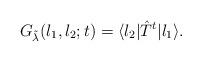
LaTeX: \begin{align*}G_{\tilde\lambda}(l_1,l_2;t)=\langle l_2|\hat T^t|l_1\rangle.\end{align*}